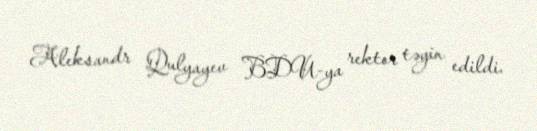
Aleksandr Qulyayev BDU-ya rektor təyin edildi.